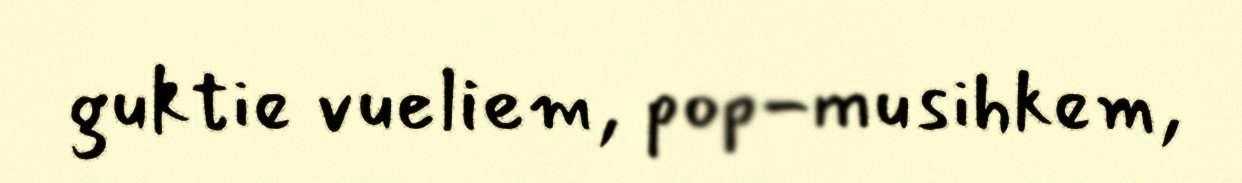
guktie vueliem, pop-musihkem,